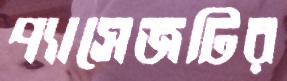
প্যাসেজটির